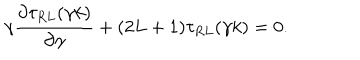
\gamma \frac { { \partial } \tau _ { R L } ( \gamma k ) } { { \partial } \gamma } + ( 2 L + 1 ) \tau _ { R L } ( \gamma k ) = 0 .